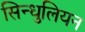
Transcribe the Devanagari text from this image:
सिन्धुलियन